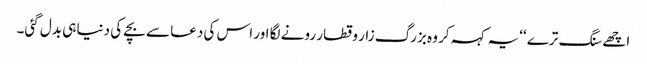
اچھے سنگ ترے ‘‘یہ کہہ کر وہ بزرگ زار و قطار رونے لگا اور اس کی دعا سے بچے کی دنیا ہی بدل گئی۔